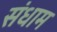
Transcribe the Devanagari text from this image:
संधाम